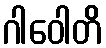
ဂါဝေါတိ